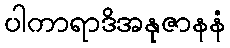
ပါကာရာဒိအနုဇာနနံ